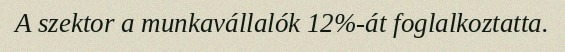
A szektor a munkavállalók 12%-át foglalkoztatta.